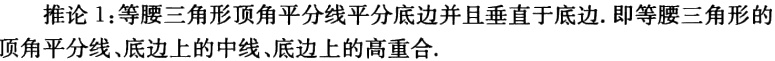
推论 1：等腰三角形顶角平分线平分底边并且垂直于底边. 即等腰三角形的顶角平分线、底边上的中线、底边上的高重合.